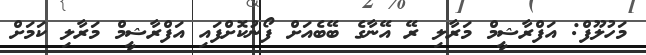
މަހުލޫފް: އަފްރާޝީމް މަރާލި ރޭ އޭނާގެ ބޭބެއަށް ފޯނުކޮށްފައި އަފްރާޝީމް މަރާލި ކަމަށް